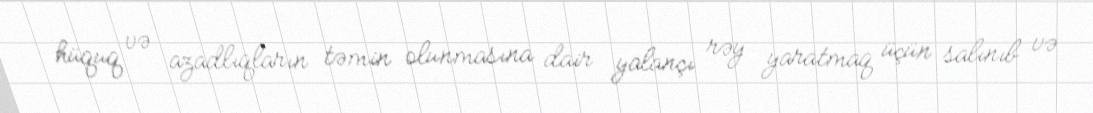
hüquq və azadlıqların təmin olunmasına dair yalançı rəy yaratmaq üçün salınıb və